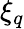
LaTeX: \xi_{q}